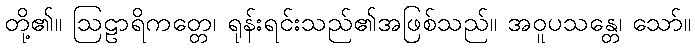
တို့၏။ ဩဠာရိကတ္တေ၊ ရုန်းရင်းသည်၏အဖြစ်သည်။ အဝူပသန္တေ၊ သော်။